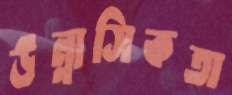
উন্নাসিকতা